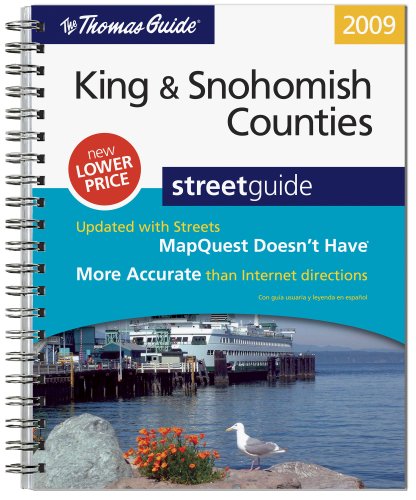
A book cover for Snohomish County Street Guide (Thomas Guide King/Snohomish Counties Street Guide & Directory); Rand McNally; Travel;